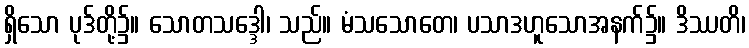
ရှိသော ပုဒ်တို့၌။ သောတသဒ္ဒေါ၊ သည်။ မံသသောတေ၊ ပသာဒဟူသောအနက်၌။ ဒိဿတိ၊